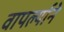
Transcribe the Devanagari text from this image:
वापर्ल्याने